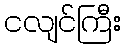
ငလျင်ကြီး